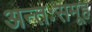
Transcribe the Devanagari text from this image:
अन्तःसमूह